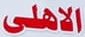
الاهلى